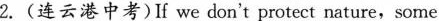
2.(连云港中考)If we don't protect nature,some